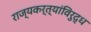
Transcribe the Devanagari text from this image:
राज्यकर्त्यांविरुद्ध